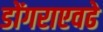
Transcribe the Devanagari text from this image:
डोंगराएवढे